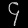
Digit: ၄